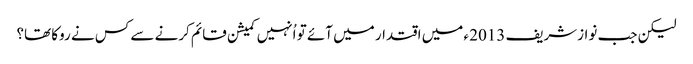
لیکن جب نوازشریف 2013 ء میں اقتدار میں آئے تو اُنہیں کمیشن قائم کرنے سے کس نے روکا تھا؟